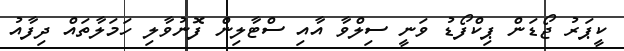
ކީޕަރު ޖޯޑަން ޕިކްފޯޑު ވަނީ ސިލްވާ އާއި ސްޓާލިން ފޮނުވާލި ހަމަލާތައް ދިފާއު